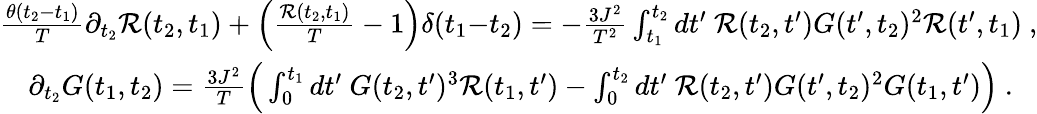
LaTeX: \begin{array}{rl}&{\! \! \! \! \! \! \frac{\theta(t_{2}{-}t_{1})}{T}\partial_{t_{2}}\mathcal{R}(t_{2},t_{1})+\Big(\frac{\mathcal{R}(t_{2},t_{1})}{T}-1\Big)\delta(t_{1}{-}t_{2})=-\frac{3J^{2}}{T^{2}}\int_{t_{1}}^{t_{2}}dt^{\prime}\ \mathcal{R}(t_{2},t^{\prime})G(t^{\prime},t_{2})^{2}\mathcal{R}(t^{\prime},t_{1})~,}\\ &{\partial_{t_{2}}G(t_{1},t_{2})=\frac{3J^{2}}{T}\Big(\int_{0}^{t_{1}}dt^{\prime}\ G(t_{2},t^{\prime})^{3}\mathcal{R}(t_{1},t^{\prime})-\int_{0}^{t_{2}}dt^{\prime}\ \mathcal{R}(t_{2},t^{\prime})G(t^{\prime},t_{2})^{2}G(t_{1},t^{\prime})\Big)~.}\end{array}